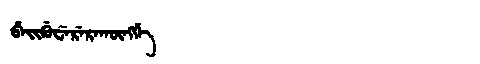
Manchu: ᠪᡝᡳᡤᡠᠸᡝᡵᡝᡵᠠᡴᡡᠩᡤᡝ
Romanization: BEIGUWERERAKŪNGGE